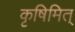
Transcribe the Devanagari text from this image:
कृषिमित्